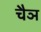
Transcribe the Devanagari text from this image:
चैञ